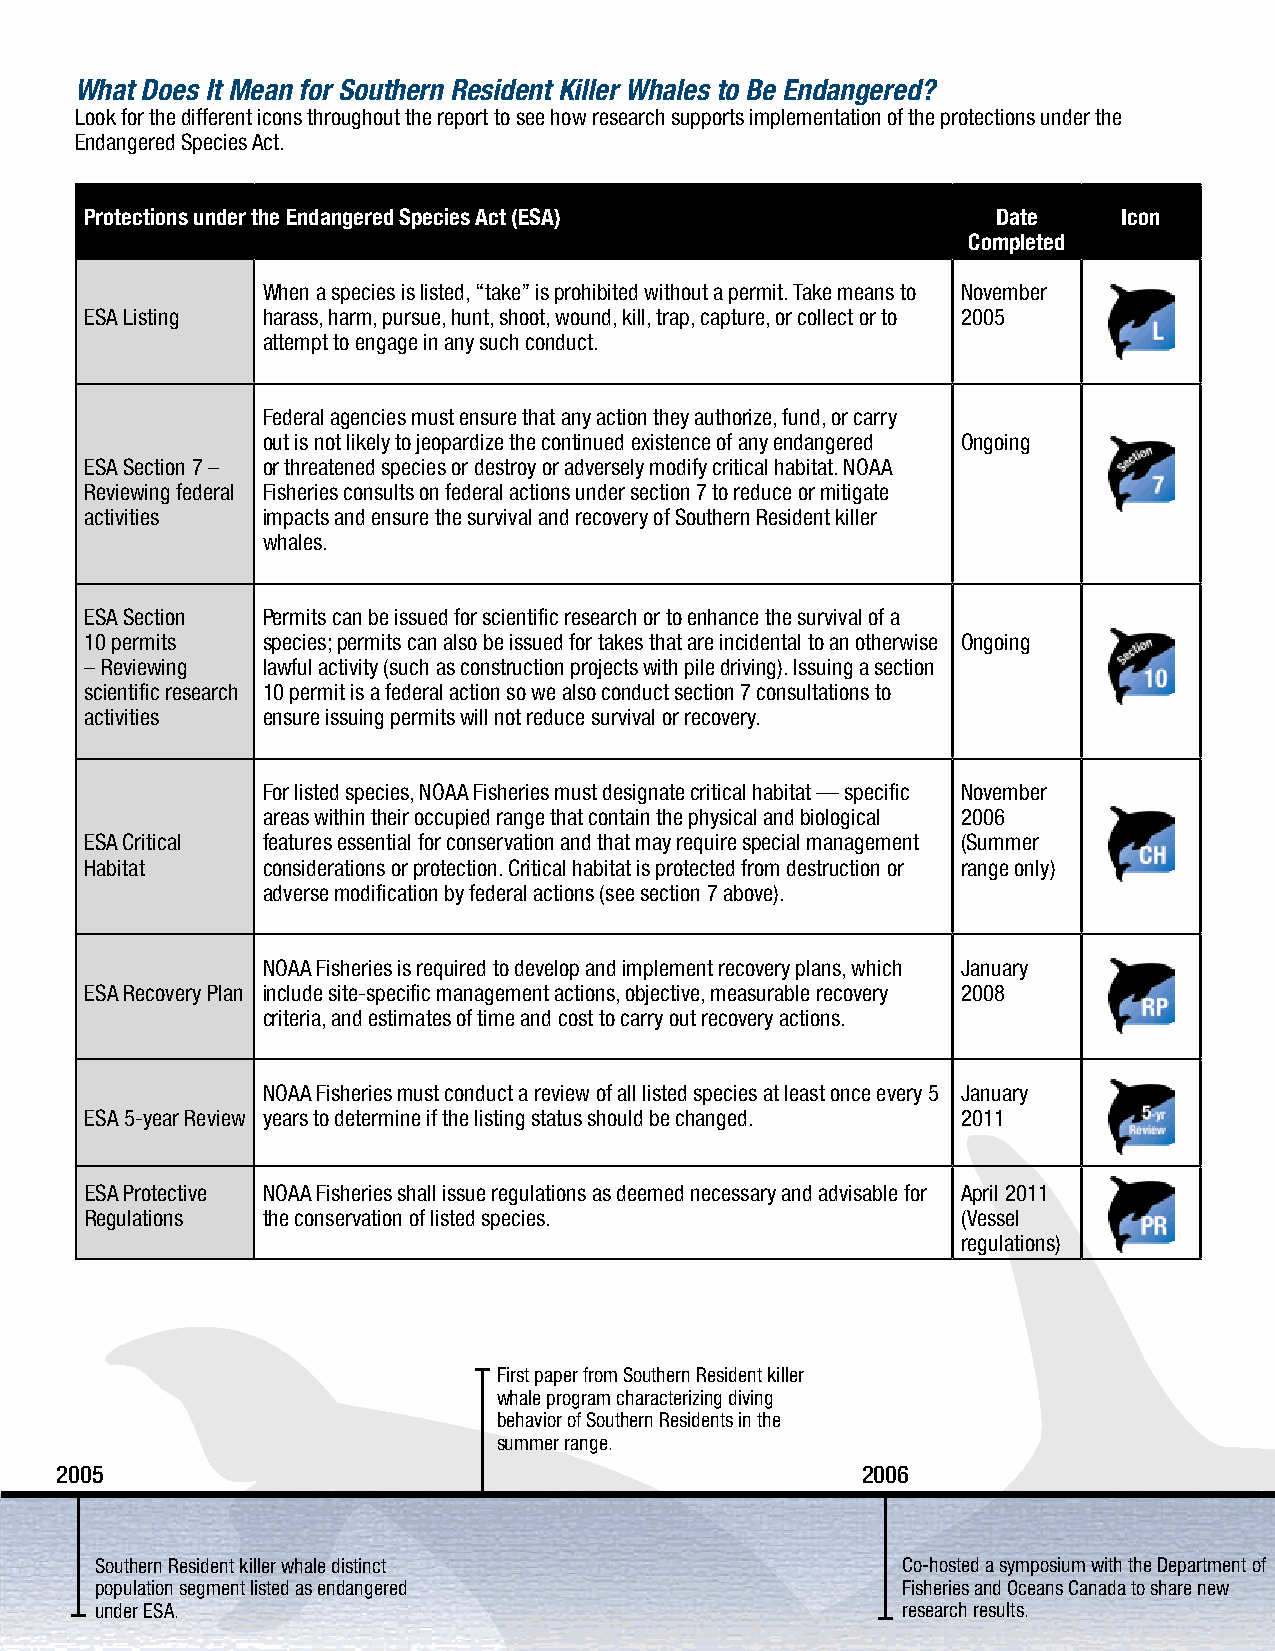
What Does It Mean for Southern Resident Killer Whales to Be Endangered?
 Look for the different icons throughout the report to see how research supports implementation of the protections under the
 Endangered Species Act.
 Protections under the Endangered Species Act (ESA)          date    icon
 Completed
 When a species is listed, “take” is prohibited without a permit. Take means to November
 ESA Listing harass, harm, pursue, hunt, shoot, wound, kill, trap, capture, or collect or to 2005
 attempt to engage in any such conduct.
 Federal agencies must ensure that any action they authorize, fund, or carry
 out is not likely to jeopardize the continued existence of any endangered Ongoing
 ESA Section 7 – or threatened species or destroy or adversely modify critical habitat. NOAA
 Reviewing federal Fisheries consults on federal actions under section 7 to reduce or mitigate
 activities impacts and ensure the survival and recovery of Southern Resident killer
 whales.
 ESA Section Permits can be issued for scientific research or to enhance the survival of a
 10 permits species; permits can also be issued for takes that are incidental to an otherwise Ongoing
 – Reviewing lawful activity (such as construction projects with pile driving). Issuing a section
 scientific research 10 permit is a federal action so we also conduct section 7 consultations to
 activities ensure issuing permits will not reduce survival or recovery.
 For listed species, NOAA Fisheries must designate critical habitat — specific November
 areas within their occupied range that contain the physical and biological 2006
 ESA Critical features essential for conservation and that may require special management (Summer
 Habitat    considerations or protection. Critical habitat is protected from destruction or range only)
 adverse modification by federal actions (see section 7 above).
 NOAA Fisheries is required to develop and implement recovery plans, which January
 ESA Recovery Plan include site-specific management actions, objective, measurable recovery 2008
 criteria, and estimates of time and cost to carry out recovery actions.
 NOAA Fisheries must conduct a review of all listed species at least once every 5 January
 ESA 5-year Review years to determine if the listing status should be changed. 2011
 ESA Protective NOAA Fisheries shall issue regulations as deemed necessary and advisable for April 2011
 Regulations the conservation of listed species.           (Vessel
 regulations)
 First paper from Southern Resident killer             Collected first contemporary biopsy sample from         Completed Southern Resident killer whale
 whale program characterizing diving                   a Southern Resident to quantify contaminant             Research Plan.
 behavior of Southern Residents in the                 loads, infer diet preferences, and collect DNA for
 summer range.                                         pedigree analysis.
 2005                                                 2006
 Southern Resident killer whale distinct               Co-hosted a symposium with the Department of
 population segment listed as endangered               Fisheries and Oceans Canada to share new               Proposed potential areas for Southern
 under ESA.                                            research results.                                      Resident critical habitat.